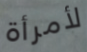
لأمرأة